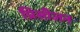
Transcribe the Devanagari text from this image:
प्रिसीजन